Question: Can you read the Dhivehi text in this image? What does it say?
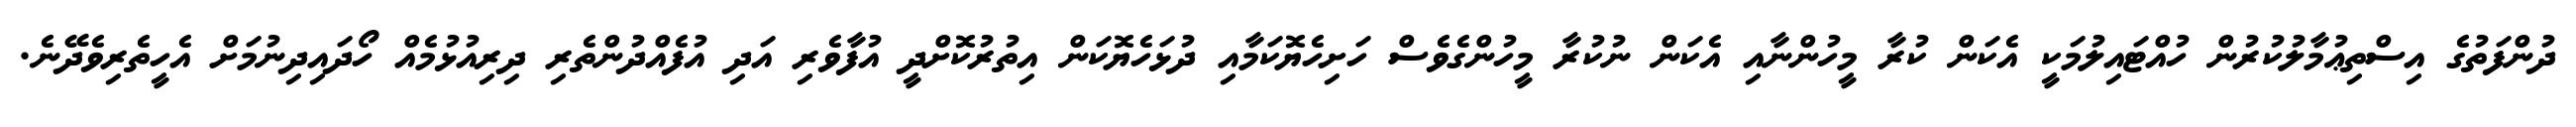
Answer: ދުންފަތުގެ އިސްތިޢުމާލުކުރުން ހުއްޓައިލުމަކީ އެކަން ކުރާ މީހުންނާއި އެކަން ނުކުރާ މީހުންގެވެސް ހަށިހެޔޮކަމާއި ދުޅަހެޔޮކަން އިތުރުކޮށްދީ އުފާވެރި އަދި އުފެއްދުންތެރި ދިރިއުޅުމެއް ހޯދައިދިނުމަށް އެހީތެރިވެދޭނެ.